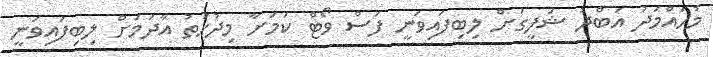
މުހައްމަދު އަބްދު ޝަފީގަށް ލިބިފައިވަނީ ފަސް ވޯޓް ކަމަށާ މިދުހަތު އާދަމަށް ލިބިފައިވަނީ